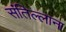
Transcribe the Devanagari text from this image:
संतिल्लाना